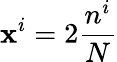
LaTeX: \mathbf{x}^{i}=2\frac{{n^{i}}}{{N}}